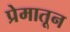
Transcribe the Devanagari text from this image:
प्रेमातून